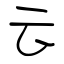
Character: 云